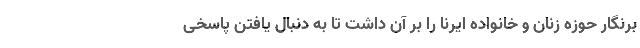
برنگار حوزه زنان و خانواده ایرنا را بر آن داشت تا به دنبال یافتن پاسخی